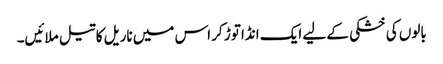
بالوں کی خشکی کے لیے ایک انڈا توڑ کر اس میں ناریل کا تیل ملائیں۔